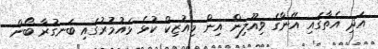
އަދި އެތާގައި އޭނާގެ ވިއޫލިން އިން މިއުޒިކް ކުޅެ ޅައުމުރުގައި ބަނގުރާ ބޯން